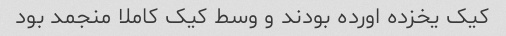
کیک یخزده اورده بودند و وسط کیک کاملا منجمد بود